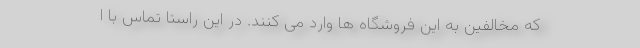
که مخالفین به این فروشگاه ها وارد می کنند. در این راستا تماس با ا